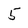
Character: 5